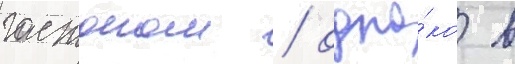
гастоном / одна́ко в